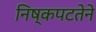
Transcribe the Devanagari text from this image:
निष्कपटतेने